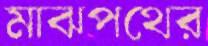
মাঝপথের